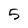
Character: 5